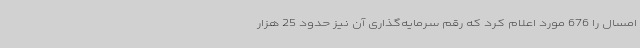
امسال را 676 مورد اعلام کرد که رقم سرمایه‌گذاری آن نیز حدود 25 هزار